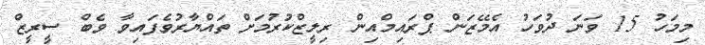
މިމަހު 15 ވަނަ ދުވަހު އެމޭޒަން ޕްރައިމްއިން ރިލީޒްކުރުމަށް ތައްޔާރުވެފައިވާ ވެބް ސީރީޒް